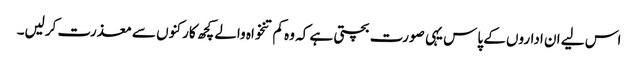
اس لیے ان اداروں کے پاس یہی صورت بچتی ہے کہ وہ کم تنخواہ والے کچھ کارکنوں سے معذرت کرلیں۔